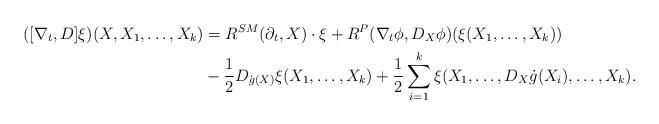
LaTeX: \begin{align*}([\nabla_t,D]\xi)(X,X_1,\ldots,X_k)&=R^{SM}(\partial_t,X)\cdot\xi+R^P(\nabla_t\phi,D_X\phi)(\xi(X_1,\ldots,X_k))\\&-\frac{1}{2}D_{\dot{g}(X)}\xi(X_1,\ldots,X_k)+\frac{1}{2}\sum_{i=1}^k\xi(X_1,\ldots,D_X\dot{g}(X_i),\ldots,X_k).\end{align*}